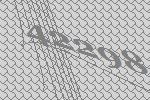
42298